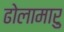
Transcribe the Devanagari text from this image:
ढोलामारु